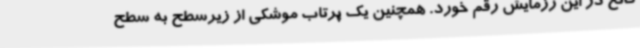
فاتح در این رزمایش رقم خورد. همچنین یک پرتاب موشکی از زیرسطح به سطح